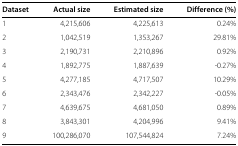
| Dataset | Actual size | Estimated size | Difference (%) |
 | --- | --- | --- | --- |
 | 1 | 4,215,606 | 4,225,613 | 0.24% |
 | 2 | 1,042,519 | 1,353,267 | 29.81% |
 | 3 | 2,190,731 | 2,210,896 | 0.92% |
 | 4 | 1,892,775 | 1,887,639 | -0.27% |
 | 5 | 4,277,185 | 4,717,507 | 10.29% |
 | 6 | 2,343,476 | 2,342,227 | -0.05% |
 | 7 | 4,639,675 | 4,681,050 | 0.89% |
 | 8 | 3,843,301 | 4,204,996 | 9.41% |
 | 9 | 100,286,070 | 107,544,824 | 7.24% |